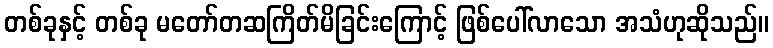
တစ်ခုနှင့် တစ်ခု မတော်တဆကြိတ်မိခြင်းကြောင့် ဖြစ်ပေါ်လာသော အသံဟုဆိုသည်။